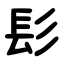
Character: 髟